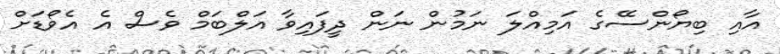
އާއި ބިޔޯންސޭގެ އަމިއްލަ ނަމުން ނަން ދީފައިވާ އަލްބަމް ވެސް އެ އެވޯޑަށް